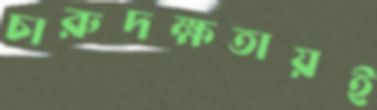
চারুদক্ষতায়ই